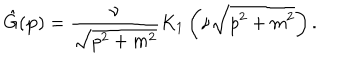
LaTeX: \hat { G } ( { \bf p } ) = { \frac { \nu } { \sqrt { p ^ { 2 } + m ^ { 2 } } } } K _ { 1 } \left( \nu \sqrt { p ^ { 2 } + m ^ { 2 } } \right) .